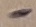
Text: -